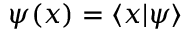
\psi ( x ) = \langle x | \psi \rangle